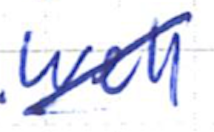
Text: well
Cross-out: diagonal
Writing tool: ballpoint